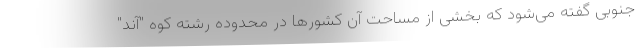
جنوبی گفته می‌شود که بخشی از مساحت آن کشورها در محدوده رشته کوه "آند"